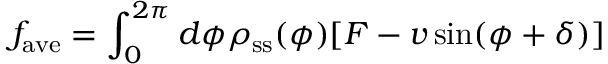
f _ { \mathrm { a v e } } = \int _ { 0 } ^ { 2 \pi } d \phi \rho _ { \mathrm { s s } } ( \phi ) [ F - v \sin ( \phi + \delta ) ]